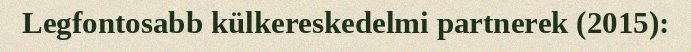
Legfontosabb külkereskedelmi partnerek (2015):